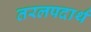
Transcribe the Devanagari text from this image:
तरलपदार्थ